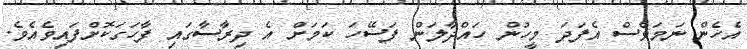
އެހެން ނަމަވެސް އެފަދަ މީހުން ހައްދާލަން ފަސޭހަ ކަމަށް އެ ދިރާސާގައި ފާހަގަކޮށްފައިވެއެވެ.